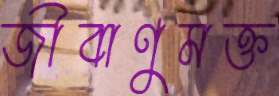
জীবাণুমক্ত